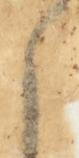
候